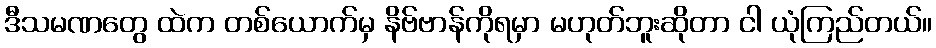
ဒီသမဏတွေ ထဲက တစ်ယောက်မှ နိဗ်ဗာန်ကိုရမှာ မဟုတ်ဘူးဆိုတာ ငါ ယုံကြည်တယ်။